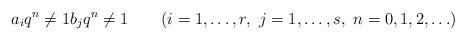
LaTeX: \begin{align*} a_iq^n\ne1 b_jq^n\ne1\qquad(i=1,\ldots,r,\ j=1,\ldots,s,\ n=0,1,2,\ldots)\end{align*}